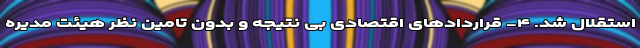
استقلال شد. ۴- قراردادهای اقتصادی بی نتیجه و بدون تامین نظر هیئت مدیره